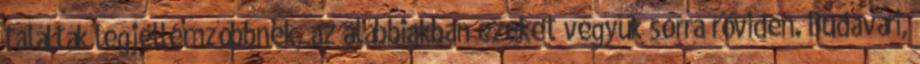
találták legjellemzőbbnek, az alábbiakban ezeket vegyük sorra röviden. Budavári,